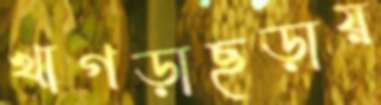
খাগড়াছড়ায়